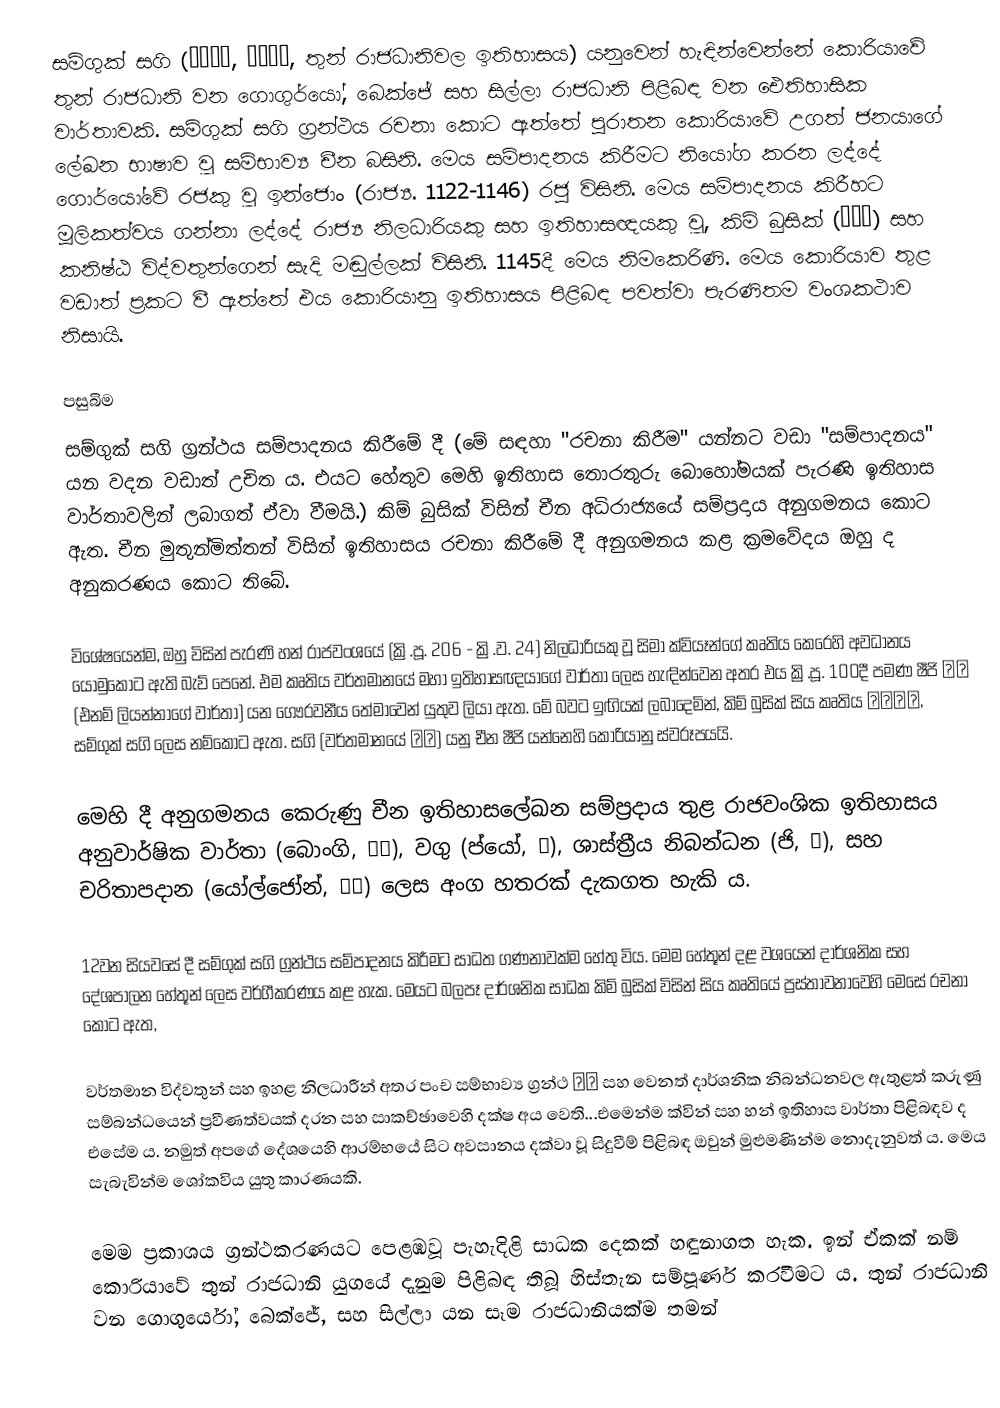
සම්ගුක් සගි (삼국사기, 三國史記, තුන් රාජධානිවල ඉතිහාසය) යනුවෙන් හැඳින්වෙන්නේ කොරියාවේ තුන් රාජධානි වන ගොගුර්යෝ, බෙක්ජේ සහ සිල්ලා රාජධානි පිළිබඳ වන ඓතිහාසික වාර්තාවකි. සම්ගුක් සගි ග්‍රන්ථය රචනා කොට ඇත්තේ පුරාතන කොරියාවේ උගත් ජනයාගේ ලේඛන භාෂාව වූ සම්භාව්‍ය චීන බසිනි. මෙය සම්පාදනය කිරීමට නියෝග කරන ලද්දේ ගොර්යෝවේ රජකු වූ ඉන්ජොං (රාජ්‍ය. 1122-1146) රජු විසිනි. මෙය සම්පාදනය කිරීහට මූලිකත්වය ගන්නා ලද්දේ රාජ්‍ය නිලධාරියකු සහ ඉතිහාසඥයකු වූ, කිම් බුසික් (金富軾) සහ කනිෂ්ඨ විද්වතුන්ගෙන් සැදි මඬුල්ලක් විසිනි. 1145දී මෙය නිමකෙරිණි. මෙය කොරියාව තුළ වඩාත් ප්‍රකට වී ඇත්තේ එය කොරියානු ඉතිහාසය පිළිබඳ පවත්වා පැරණිතම වංශකථාව නිසායි.

පසුබිම
සම්ගුක් සගි ග්‍රන්ථය සම්පාදනය කිරීමේ දී (මේ සඳහා "රචනා කිරීම" යන්නට වඩා "සම්පාදනය" යන වදන වඩාත් උචිත ය. එයට හේතුව මෙහි ඉතිහාස තොරතුරු බොහෝමයක් පැරණි ඉතිහාස වාර්තාවලින් ලබාගත් ඒවා වීමයි.) කිම් බුසික් විසින් චීන අධිරාජ්‍යයේ සම්ප්‍රදාය අනුගමනය කොට ඇත. චීන මුතුන්මිත්තන් විසින් ඉතිහාසය රචනා කිරීමේ දී අනුගමනය කළ ක්‍රමවේදය ඔහු ද අනුකරණය කොට තිබේ.

විශේෂයෙන්ම, ඔහු විසින් පැරණි හන් රාජවංශයේ (ක්‍රි.පූ. 206 - ක්‍රි.ව. 24) නිලධාරියකු වූ සිමා ක්වියෑන්ගේ කෘතිය කෙරෙහි අවධානය යොමුකොට ඇති බැව් පෙනේ. එම කෘතිය වර්තමානයේ මහා ඉතිහාසඥයාගේ වාර්තා ලෙස හැඳින්වෙන අතර එය ක්‍රි.පූ. 100දී පමණ ෂීජි 史記 (එනම් ලියන්නාගේ වාර්තා) යන ගෞරවනීය තේමාවෙන් යුතුව ලියා ඇත. මේ බවට ඉඟියක් ලබාදෙමින්, කිම් බුසික් සිය කෘතිය 三國史記, සම්ගුක් සගි ලෙස නම්කොට ඇත. සගි (වර්තමානයේ 사기) යනු චීන ෂීජි යන්නෙහි කොරියානු ස්වරූපයයි.

මෙහි දී අනුගමනය කෙරුණු චීන ඉතිහාසලේඛන සම්ප්‍රදාය තුළ රාජවංශික ඉතිහාසය අනුවාර්ෂික වාර්තා (බොංගි, 本紀), වගු (ප්යෝ, 表), ශාස්ත්‍රීය නිබන්ධන (ජි, 志), සහ චරිතාපදාන (යෝල්ජෝන්, 列傳) ලෙස අංග හතරක් දැකගත හැකි ය.

12වන සියවසේ දී සම්ගුක් සගි ග්‍රන්ථය සම්පාදනය කිරීමට සාධත ගණනාවක්ම හේතු විය. මෙම හේතූන් දළ වශයෙන් දාර්ශනික සහ දේශපාලන හේතූන් ලෙස වර්ගීකරණය කළ හැක. මෙයට බලපෑ දාර්ශනික සාධක කිම් බුසික් විසින් සිය කෘතියේ ප්‍රස්තාවනාවෙහි මෙසේ රචනා කොට ඇත,

වර්තමාන විද්වතුන් සහ ඉහළ නිලධාරීන් අතර පංච සම්භාව්‍ය ග්‍රන්ථ 五經 සහ වෙනත් දාර්ශනික නිබන්ධනවල ඇතුළත් කරුණු සම්බන්ධයෙන් ප්‍රවීණත්වයක් දරන සහ සාකච්ඡාවෙහි දක්ෂ අය වෙති...එමෙන්ම ක්වින් සහ හන් ඉතිහාස වාර්තා පිළිබඳව ද එසේම ය. නමුත් අපගේ දේශයෙහි ආරම්භයේ සිට අවසානය දක්වා වූ සිදුවීම් පිළිබඳ ඔවුන් මුළුමණින්ම නොදැනුවත් ය. මෙය සැබැවින්ම ශෝකවිය යුතු කාරණයකි.

මෙම ප්‍රකාශය ග්‍රන්ථකරණයට පෙළඹවූ පැහැදිළි සාධක දෙකක් හඳුනාගත හැක. ඉන් ඒකක් නම් කොරියාවේ තුන් රාජධානි යුගයේ දැනුම පිළිබඳ තිබූ හිස්තැන සම්පූර්ණ කරවීමට ය. තුන් රාජධානි වන ගොගුර්යෝ, බෙක්ජේ, සහ සිල්ලා යන සෑම රාජධානියක්ම තමන්